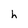
Character: h